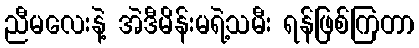
ညီမလေးနဲ့ အဲဒီမိန်းမရဲ့သမီး ရန်ဖြစ်ကြတာ